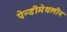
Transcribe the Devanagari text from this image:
पेन्‍डीमेथलीन